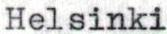
Helsinki